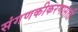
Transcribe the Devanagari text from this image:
संगणकीकरणासाठी